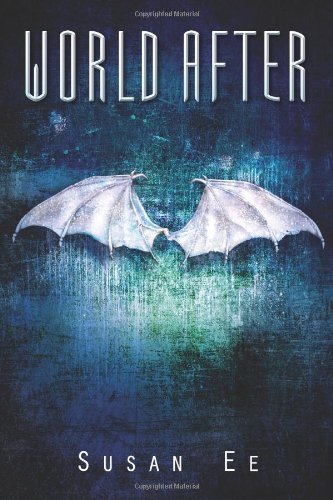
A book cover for World After (Penryn & the End of Days); Susan Ee; Teen & Young Adult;